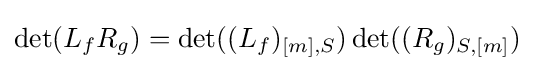
\det(L_{f}R_{g})=\det((L_{f})_{[m],S})\det((R_{g})_{S,[m]})